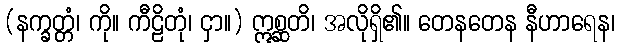
(နက္ခတ္တံ၊ ကို။ ကီဠိတုံ၊ ငှာ။) ဣစ္ဆတိ၊ အလိုရှိ၏။ တေနတေန နီဟာရေန၊